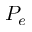
P _ { e }